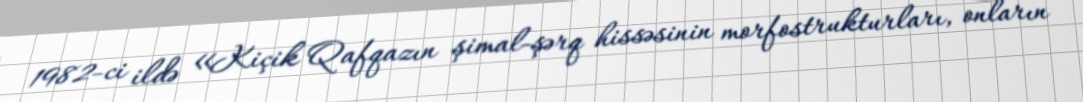
1982-ci ildə «Kiçik Qafqazın şimal-şərq hissəsinin morfostrukturları, onların